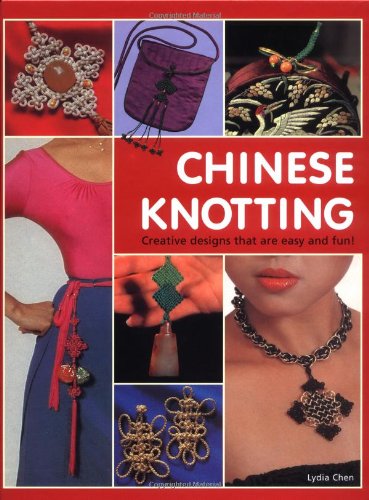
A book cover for Chinese Knotting: Creative Designs that are Easy and Fun!; Lydia Chen; Crafts, Hobbies & Home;